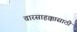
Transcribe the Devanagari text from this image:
वारसाहक्कासाठी